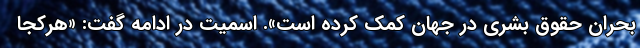
بحران حقوق بشری در جهان کمک کرده است». اسمیت در ادامه گفت: «هرکجا